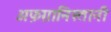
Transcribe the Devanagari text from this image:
अफ़ग़ानिस्तानी